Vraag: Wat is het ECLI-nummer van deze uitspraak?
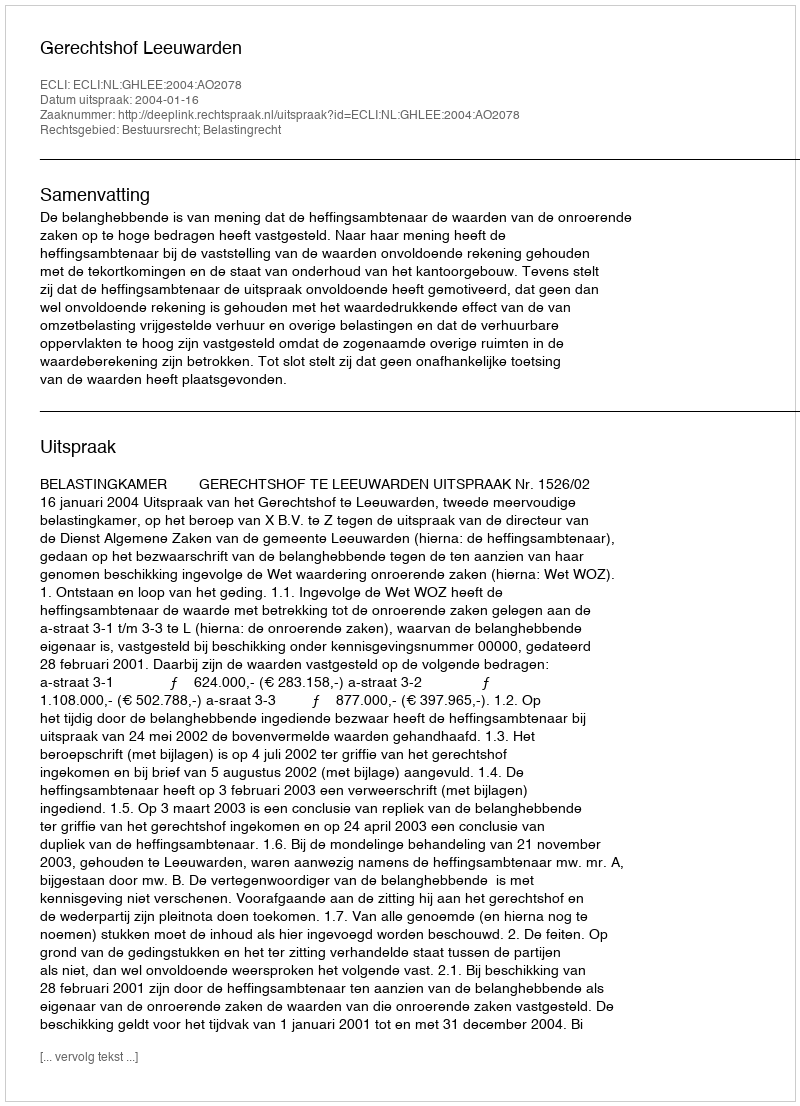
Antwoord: ECLI:NL:GHLEE:2004:AO2078